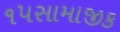
૧૫સામાજીક